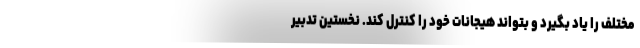
مختلف را یاد بگیرد و بتواند هیجانات خود را کنترل کند. نخستین تدبیر